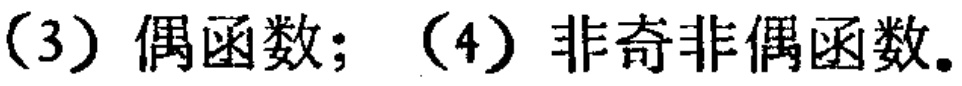
（3）偶函数；（4）非奇非偶函数。